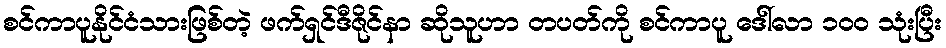
စင်ကာပူနိုင်ငံသားဖြစ်တဲ့ ဖက်ရှင်ဒီဇိုင်နာ ဆိုသူဟာ တပတ်ကို စင်ကာပူ ဒေါ်လာ ၁၀၀ သုံးပြီး